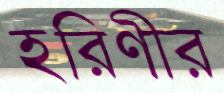
হরিণীর